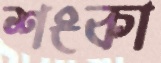
শংকা